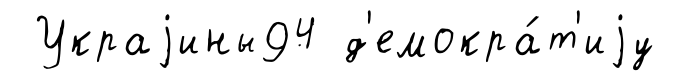
Украjины94 д'емокра́т'иjу